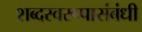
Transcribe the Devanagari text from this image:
शब्दस्वरूपासंबंधी